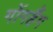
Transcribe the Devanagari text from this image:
गोंगहैंग